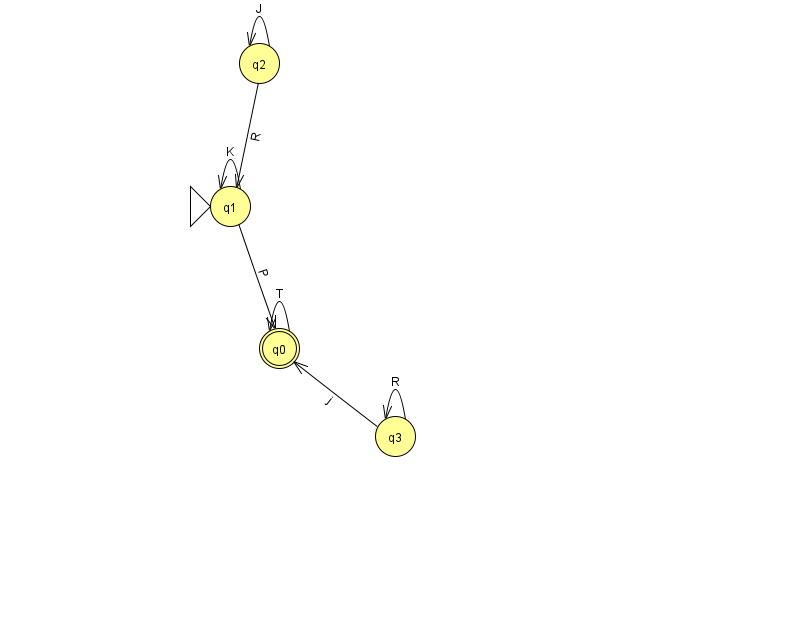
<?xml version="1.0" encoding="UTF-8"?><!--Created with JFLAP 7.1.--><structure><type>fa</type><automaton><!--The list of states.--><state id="0" name="q0"><x>279.0</x><y>335.0</y><final/></state><state id="1" name="q1"><x>230.0</x><y>193.0</y><initial/></state><state id="2" name="q2"><x>259.0</x><y>50.0</y></state><state id="3" name="q3"><x>395.0</x><y>423.0</y></state><!--The list of transitions.--><transition><from>3</from><to>3</to><read>R</read></transition><transition><from>1</from><to>0</to><read>P</read></transition><transition><from>0</from><to>0</to><read>T</read></transition><transition><from>2</from><to>2</to><read>J</read></transition><transition><from>1</from><to>1</to><read>K</read></transition><transition><from>3</from><to>0</to><read>j</read></transition><transition><from>2</from><to>1</to><read>R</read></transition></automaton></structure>